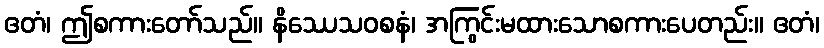
ဧတံ၊ ဤစကားတော်သည်။ နိဿေသဝစနံ၊ အကြွင်းမထားသောစကားပေတည်း။ ဧတံ၊